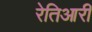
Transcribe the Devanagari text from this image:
रेतिआरी